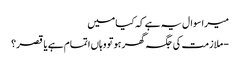
میرا سوال یہ ہے کہ کیا میں
- ملازمت کی جگہ گھر ہو تو وہاں اتمام ہے یا قصر؟